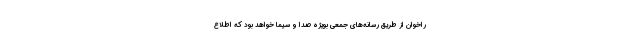
راخوان از طریق رسانه‌های جمعی بویژه صدا و سیما خواهد بود که اطلاع